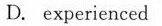
D. experienced